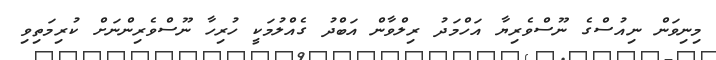
މިނިވަން ނިއުސްގެ ނޫސްވެރިޔާ އަހްމަދު ރިލްވާން އަބްދު ގެއްލުމަކީ ހުރިހާ ނޫސްވެރިންނަށް ކުރިމަތިވި